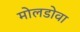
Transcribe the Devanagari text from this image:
मोलडोवा